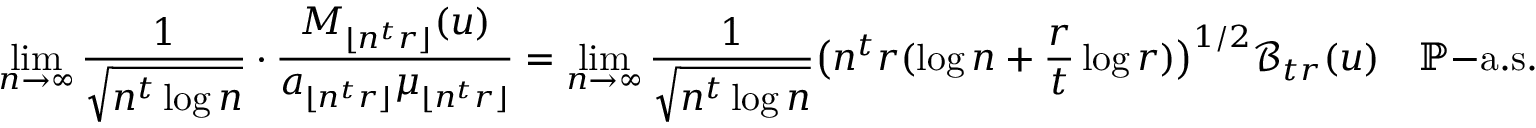
\operatorname* { l i m } _ { n \to \infty } \frac { 1 } { \sqrt { n ^ { t } \log n } } \cdot \frac { M _ { \lfloor n ^ { t } r \rfloor } ( u ) } { a _ { \lfloor n ^ { t } r \rfloor } \mu _ { \lfloor n ^ { t } r \rfloor } } = \operatorname* { l i m } _ { n \to \infty } \frac { 1 } { \sqrt { n ^ { t } \log n } } \big ( n ^ { t } r ( \log n + \frac { r } { t } \log r ) \big ) ^ { 1 / 2 } \mathcal { B } _ { t r } ( u ) \quad \mathbb { P } \mathrm { - a . s . }